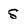
Character: s